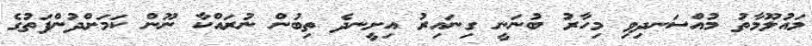
މައުލޫމާތު މުއްސަނދިވި މިހާރު ބުނަނީ ގިނައިރު އިށީނދެ ތިބުން ނުރައްކާ ނޫން ކަމަށްދުންފަތުގެ